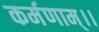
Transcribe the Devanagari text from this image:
कर्मणाम्।।